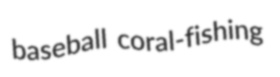
baseball coral-fishing